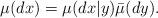
LaTeX: \begin{align*}\mu(dx) = \mu(dx|y)\bar{\mu}(dy).\end{align*}